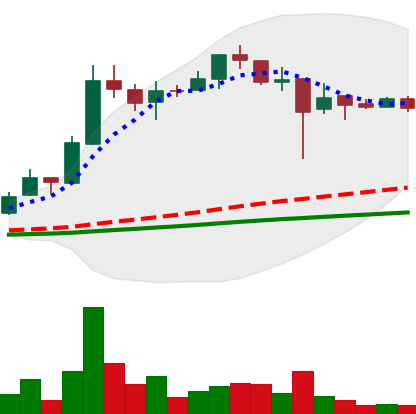
Ticker: LTC-USD
Chart end date: 2017-12-27
Forward return: -15.851%
Label: down_7plus